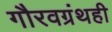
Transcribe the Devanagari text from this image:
गौरवग्रंथही